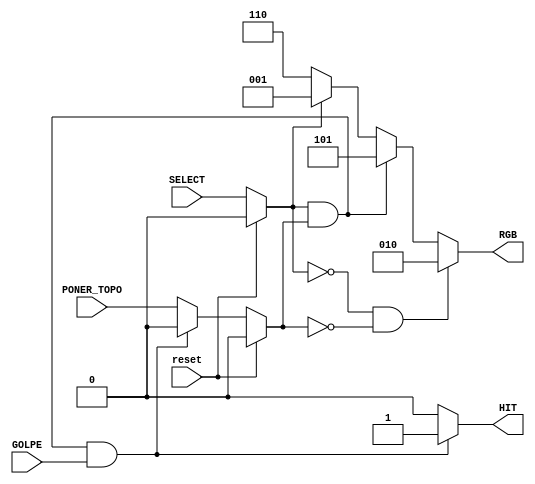
module CELDA_TOPO(

	input reset,
	input wire PONER_TOPO,
	input wire GOLPE,
	input wire SELECT,
	output wire HIT,
	output wire [2:0] RGB
	);

	wire TOPO;
	wire SELECTED;
	assign TOPO = (reset)? 0 : (SELECTED && TOPO && GOLPE)? 0: PONER_TOPO;
	assign SELECTED = (reset)? 0 : SELECT;

	// Si no esta seleccionado y no es topo, esta verde. Si no, si esta seleccionado es amarillo y si no esta seleccionado es topo.
	assign RGB = (!SELECTED && !TOPO)? 3'b010: (SELECTED && TOPO)? 3'b101: (SELECTED)? 3'b001: 3'b110;
								    // (GREEN)			  (RED) (YELLO W)													
	assign HIT = (SELECTED && TOPO && GOLPE)? 1 : 0;

endmodule